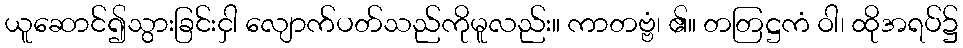
ယူဆောင်၍သွားခြင်းငှါ လျောက်ပတ်သည်ကိုမူလည်း။ ကာတဗ္ဗံ၊ ၏။ တတြဋ္ဌကံ ဝါ၊ ထိုအရပ်၌